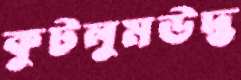
কুটলুমউদ্ভ